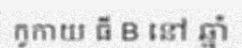
កូកាយ ធី B នៅ ឆ្នាំ